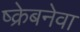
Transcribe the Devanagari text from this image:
ष्क्रेबनेवा